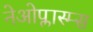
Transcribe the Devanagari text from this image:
नेओप्लास्म्स